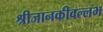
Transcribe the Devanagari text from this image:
श्रीजानकीवल्लभ